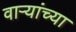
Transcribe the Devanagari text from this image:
वार्‍यांच्या